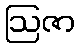
ဩဇာ